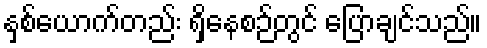
နှစ်ယောက်တည်း ရှိနေစဉ်တွင် ပြောချင်သည်။